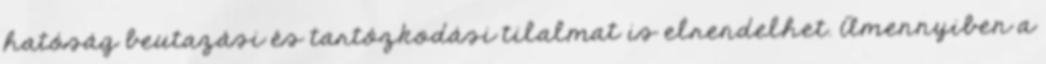
hatóság beutazási és tartózkodási tilalmat is elrendelhet. Amennyiben a